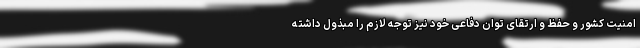
امنیت کشور و حفظ و ارتقای توان دفاعی خود نیز توجه لازم را مبذول داشته